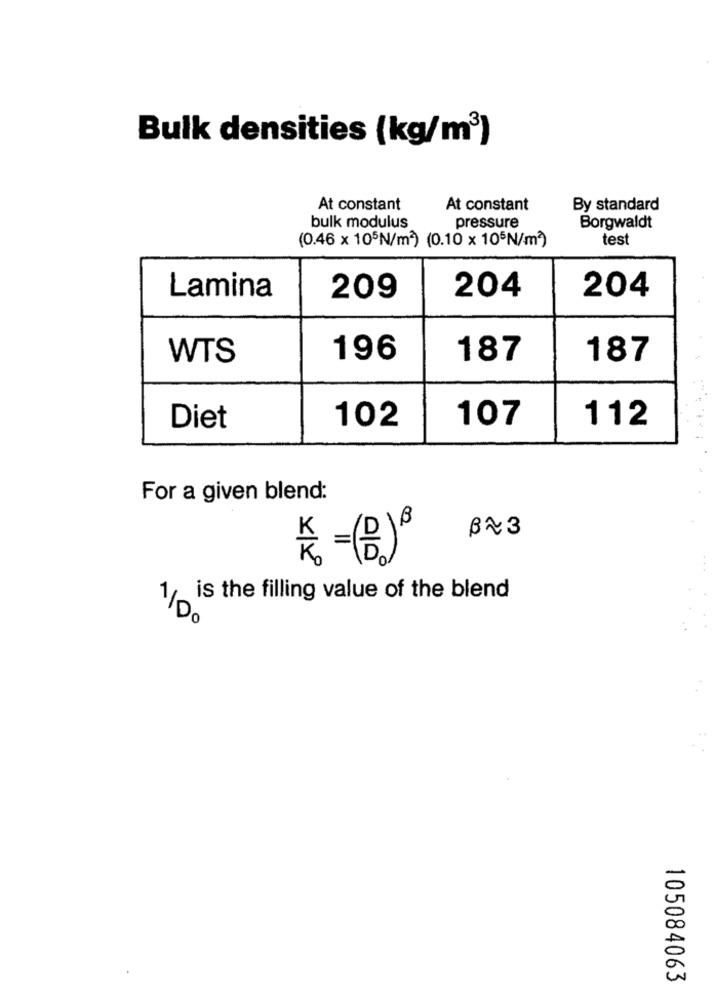
Bulk densities (kg/m3)
At constant
At constant
By standard
bulk modulus
pressure
Borgwaldt
(0.46 × 105N/m2) (0.10× 105N/m))
test
Lamina
209
204
204
WTS
196
187
187
107
112
Diet
102
For a given blend:
B23
K. - (B)8
is the filling value of the blend
1/00
105084063